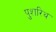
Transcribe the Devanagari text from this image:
पुशरिथ